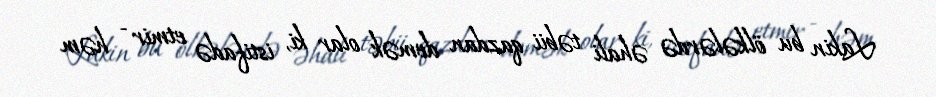
Lakin bu ölkələrdə əhali təbii qazdan demək olar ki, istifadə etmir - həm